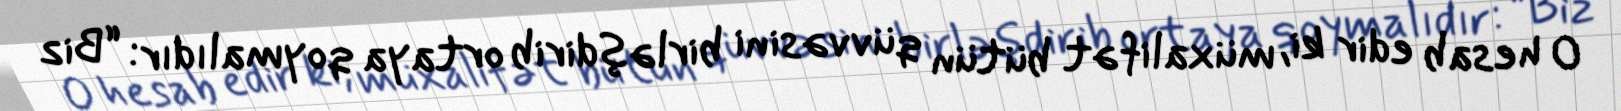
O hesab edir ki, müxalifət bütün qüvvəsini birləşdirib ortaya qoymalıdır: “Biz